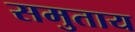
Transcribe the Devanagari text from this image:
समुताय